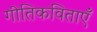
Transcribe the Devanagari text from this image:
गीतिकविताएँ